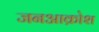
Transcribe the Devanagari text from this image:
जनआक्रोश